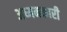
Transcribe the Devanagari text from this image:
अध्यनकारी